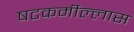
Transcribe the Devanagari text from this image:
षटकर्मील्लास